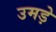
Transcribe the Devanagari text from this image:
उमड़े